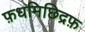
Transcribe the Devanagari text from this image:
फ़धमिछिद्रफ़